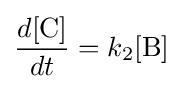
{\frac {d[{\ce {C}}]}{dt}}=k_{2}[{\ce {B}}]